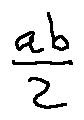
\frac { a b } { 2 }